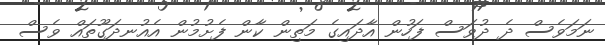
ނަމަވެސް ދެ ދުވަސް ފަހުން އާދައިގެ މަތިން ކާން ފެށުމުން އެއުނދަގޫތައް ވެސް